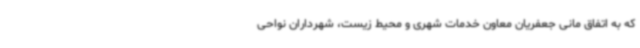
که به اتفاق مانی جعفریان معاون خدمات شهری و محیط زیست، شهرداران نواحی